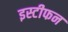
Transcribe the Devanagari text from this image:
इस्टीफन